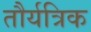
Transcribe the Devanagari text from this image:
तौर्यत्रिक